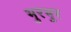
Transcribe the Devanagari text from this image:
भुरभुर